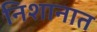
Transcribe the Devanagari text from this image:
निशानात